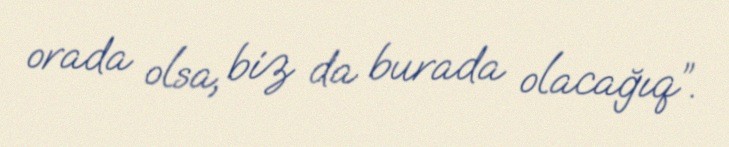
orada olsa, biz da burada olacağıq”.